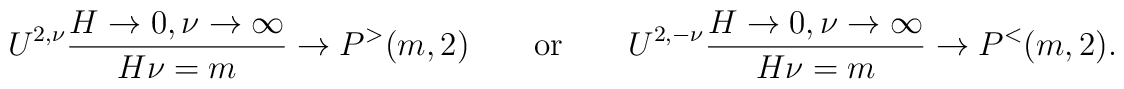
U^{2,\nu}{{H\rightarrow 0,\nu \rightarrow\infty} \over H\nu=m}\rightarrow P^>(m,2)\qquad\mbox{or}\qquad U^{2,-\nu} {{H\rightarrow 0,\nu\rightarrow\infty} \over H\nu=m}\rightarrow P^<(m,2).